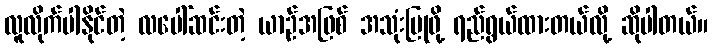
လူလိုက်ပါနိုင်တဲ့ လပေါ်ဆင်းတဲ့ ယာဉ်အဖြစ် အသုံးပြုဖို့ ရည်ရွယ်ထားတယ်လို့ ဆိုပါတယ်။